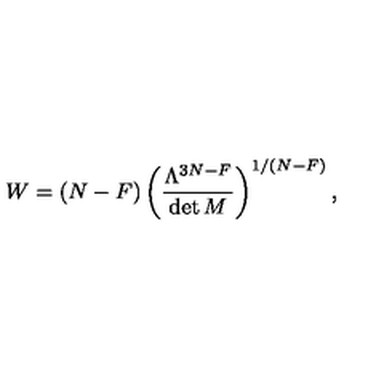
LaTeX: W = ( N - F ) \left( { \frac { \Lambda ^ { 3 N - F } } { \det M } } \right) ^ { 1 / ( N - F ) } ,